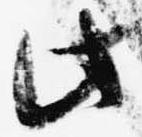
此